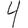
Digit: 4